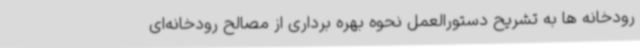
رودخانه ها به تشریح دستورالعمل نحوه بهره برداری از مصالح رودخانه‌ای